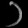
Digit: ၁